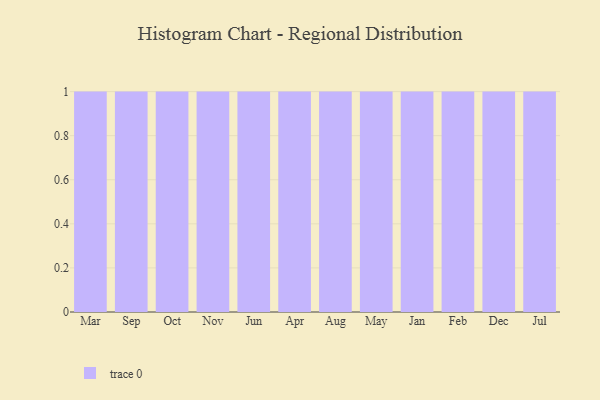
{"axis": {"x": "Month", "y": "Market Share (%)"}, "legend": [""], "data": [{"x": "Mar", "y": 82, "type": ""}, {"x": "Sep", "y": 40, "type": ""}, {"x": "Oct", "y": 54, "type": ""}, {"x": "Nov", "y": 32, "type": ""}, {"x": "Jun", "y": 54, "type": ""}, {"x": "Apr", "y": 69, "type": ""}, {"x": "Aug", "y": 63, "type": ""}, {"x": "May", "y": 33, "type": ""}, {"x": "Jan", "y": 58, "type": ""}, {"x": "Feb", "y": 58, "type": ""}, {"x": "Dec", "y": 60, "type": ""}, {"x": "Jul", "y": 90, "type": ""}]}